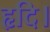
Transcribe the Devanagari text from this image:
हृदि।